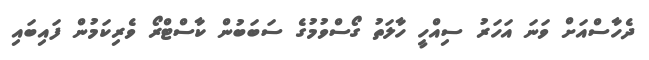
ދެހާސްއަށް ވަނަ އަހަރު ސިއްހީ ހާލަތު ގޯސްވުމުގެ ސަބަބުން ކާސްޓްރޯ ވެރިކަމުން ފައިބައި